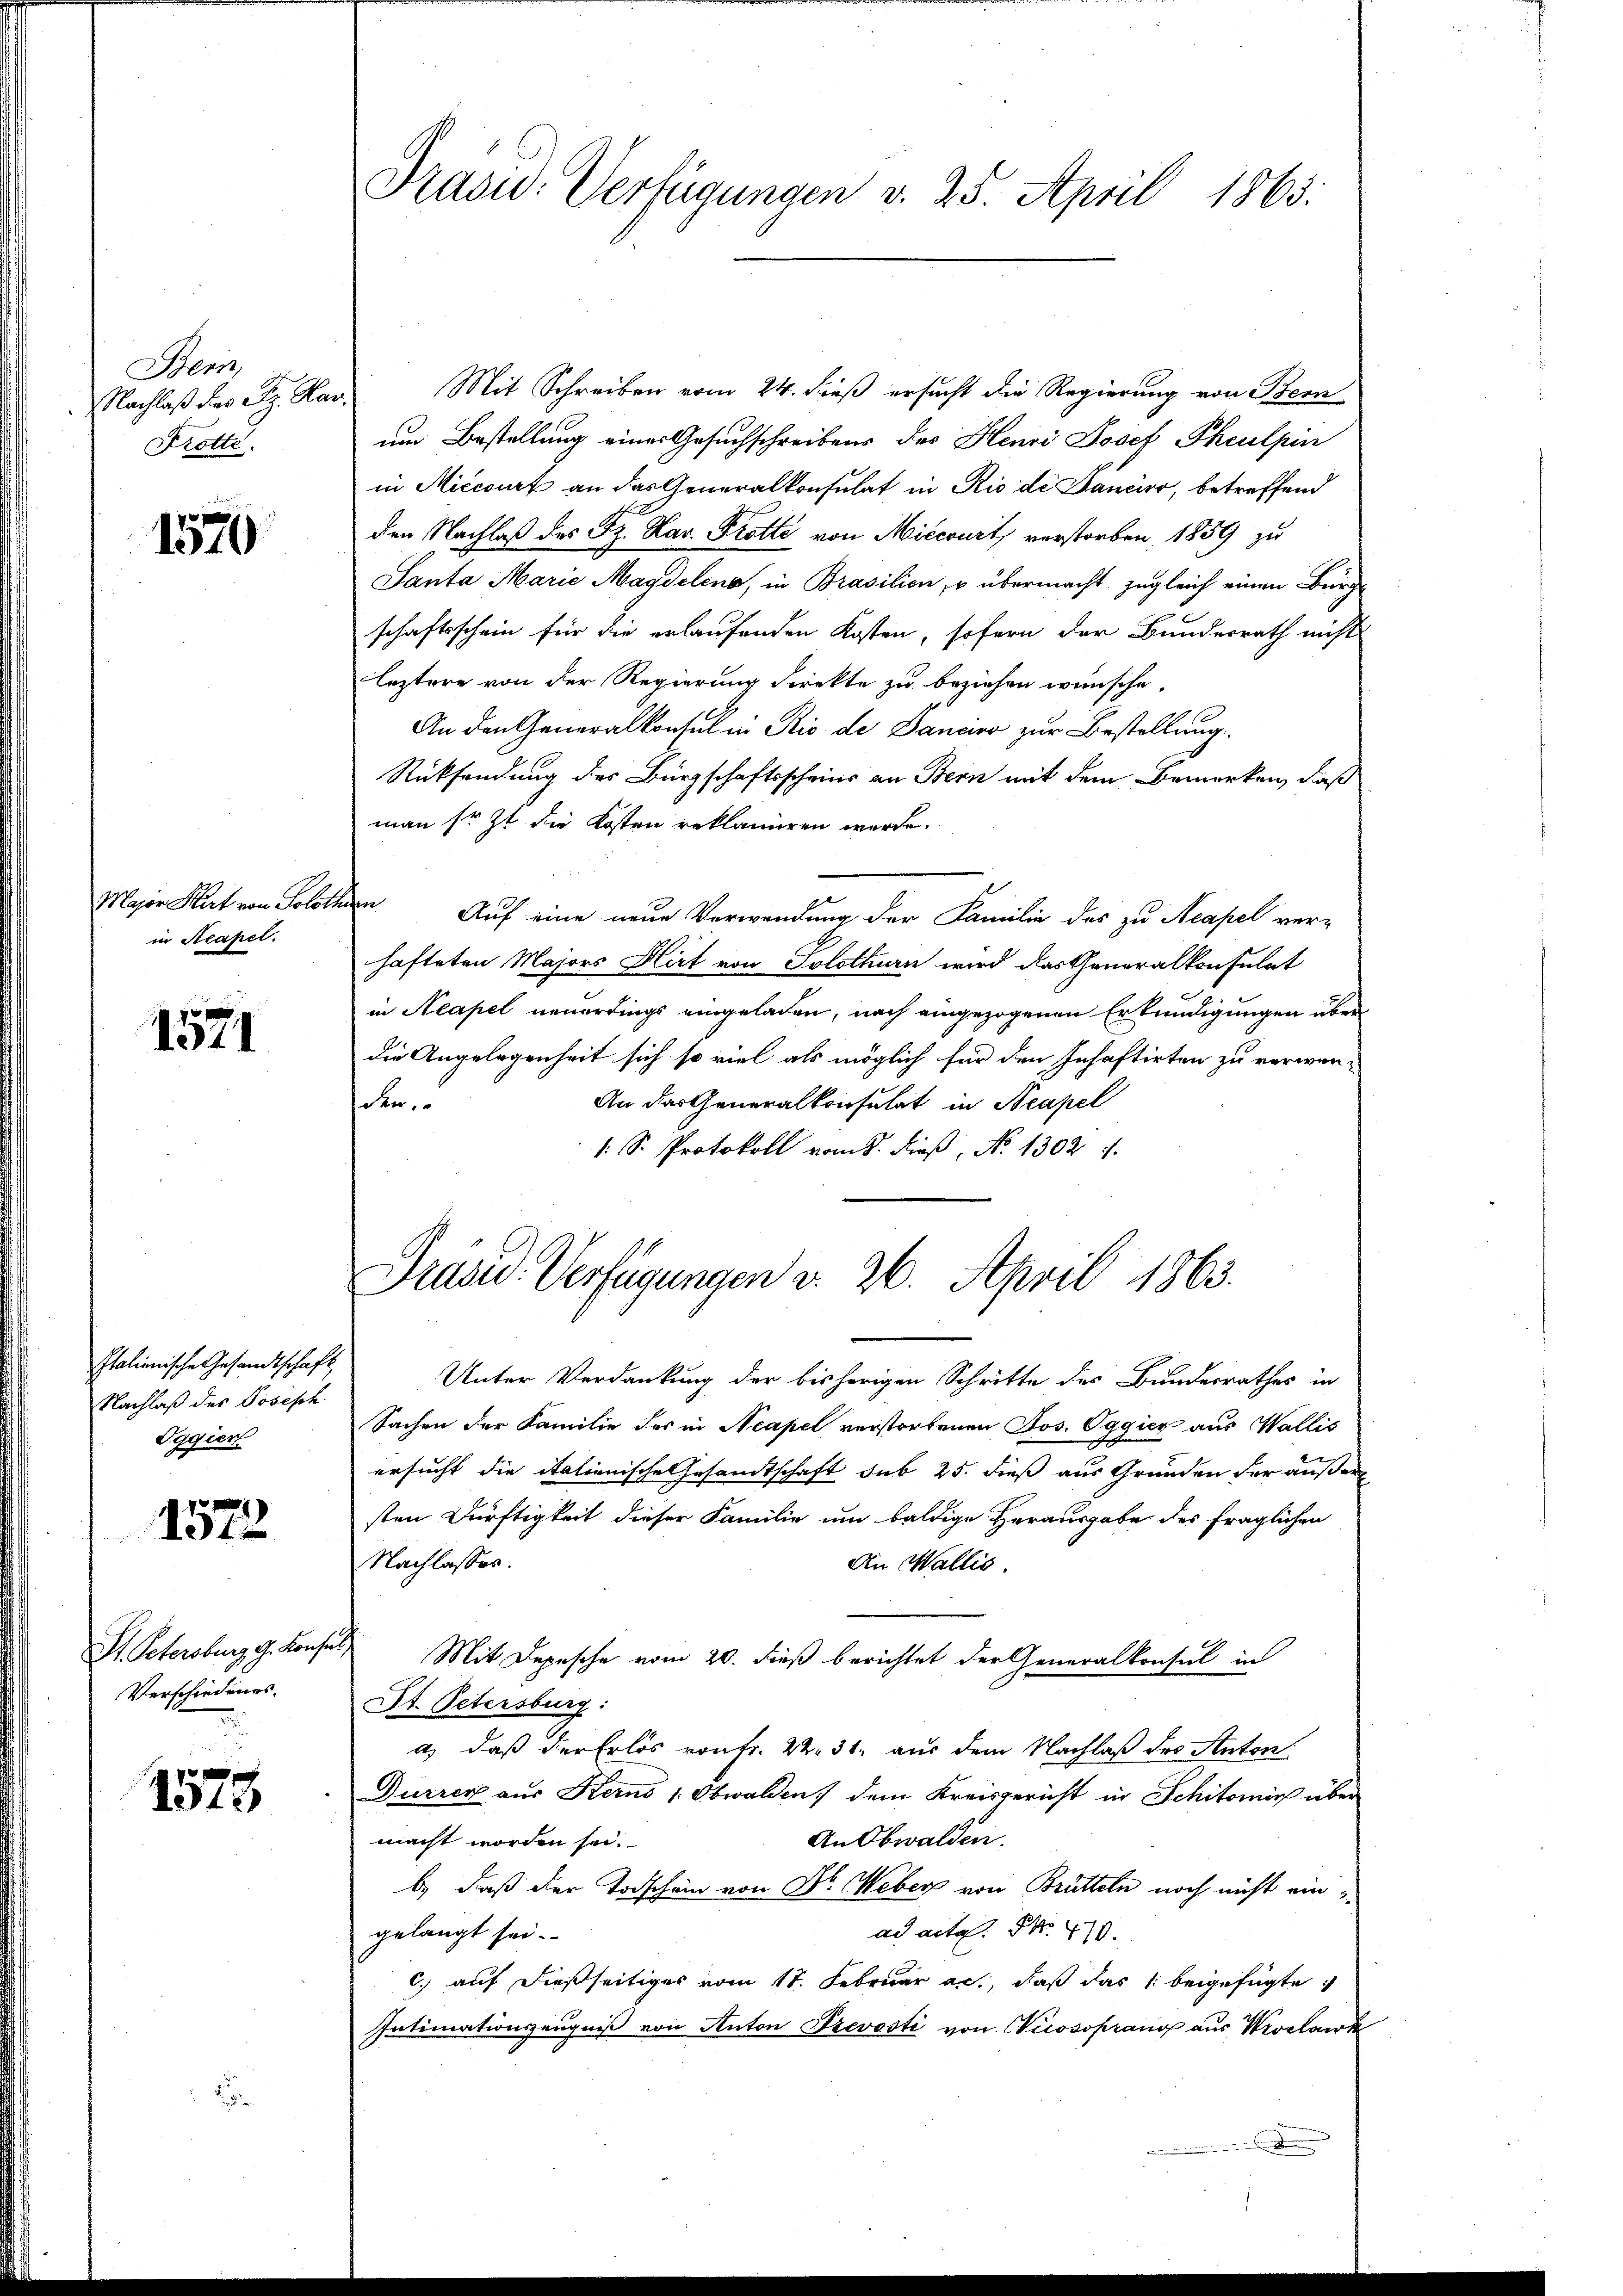
Ben
Nachlaß des Sz. Ha
Frotte

1570

Major Hart von Soloth
in Neapel.

1571

Italienische Gesandtschaft
Nachlaß des Joseph
Oggier

1572

St. Petersburg g. Konsul
Verschiedenes.

1575.

Prasid. Verfügungen v. 25. April 1865.

Mit Schreiben vom 24. dieß ersucht die Regierung von Bern
um Bestellung eines Gesuchschreibens des Henri Josef Phculpin
in Miccourt an das Generalkonsulat in Rio de Bancier, betreffend
den Nachlaß des Sr. Kar. Trotte von Miecourt, vorstorben, 1859 zu
Santa Marie Magdeleno, in Brasilien u übermacht, zugleich einen Bürge
schaftsschein für die erlaufenden Kosten, sofern der Bundesrath nicht
leztere von der Regierung direkte zu beziehen wünsche.
An den Generalkonsul in Rio de Danciro zur Bestellung.
Rücksendung des Bürgschaftsscheine an Bern mit dem Bemerken, daß
man sr. Zt. die Kosten reklamieren werde.
in
Auf eine neue Verwendung der Familie des zu Neapel ver-
hafteten Majors Hirt von Solothurn wird das Generalkonsulat
in Neapel neuerdings eingeladen, nach eingezogenen Erkundigungen über
die Angelegenheit sich so viel als möglich für den Inhaftirten zu verwen-
An das Generalkonsulat in Neapel
den
1. S. Protokoll vom 8. dieß, No 1302 f.

Präsid. Verfügungen v. 26. April 1863.

Unter Verdankung der bisherigen Schritte des Bundesrathes in
Sachen der Familie des in Neapel verstorbenen Jos. Oggier aus Wallis
ersucht die italienische Gesamtschaft sub 25. dieß aus Gründen der außer
sten Dürftigkeit dieser Familie um baldige Herausgabe des fraglichen
Nachlasses.
An Wallis.
Mit Depesche vom 20. dieß berichtet der Generalkonsul in
St. Petersburg:
a) daß der Erlös von Fr. 22. 31. aus dem Nachlaß des Anton
Durrer aus Kerno 1. Obwalden dem Kreisgericht in Schitomie über
An Obwalden.
macht worden sei.
b.) daß der Todschein von Dr. Weber von Brütteln noch nicht einad acte. N. 470.
gelangt sei.
c.) auf dießseitiges vom 18. Februar ac., daß das 1 beigefügte
Intimationszeugniß von Anton Prevosti von Wicossprang aus Wroclawk
.